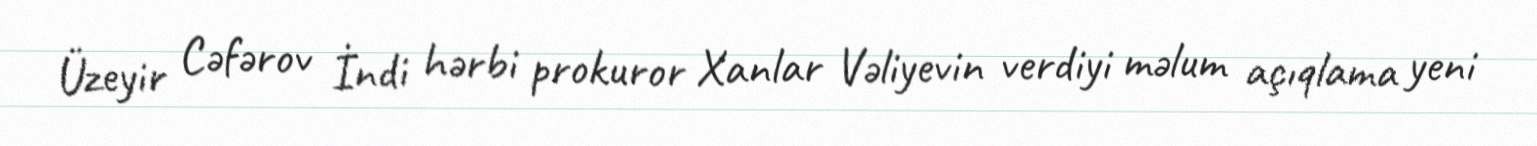
Üzeyir Cəfərov İndi hərbi prokuror Xanlar Vəliyevin verdiyi məlum açıqlama yeni